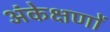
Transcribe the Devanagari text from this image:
अंकेक्षणों